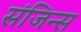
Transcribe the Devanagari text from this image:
संजिन्स